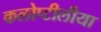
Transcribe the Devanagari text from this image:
कलोप्टीलीया